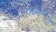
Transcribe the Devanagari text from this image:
लक्ष्यबिंदु